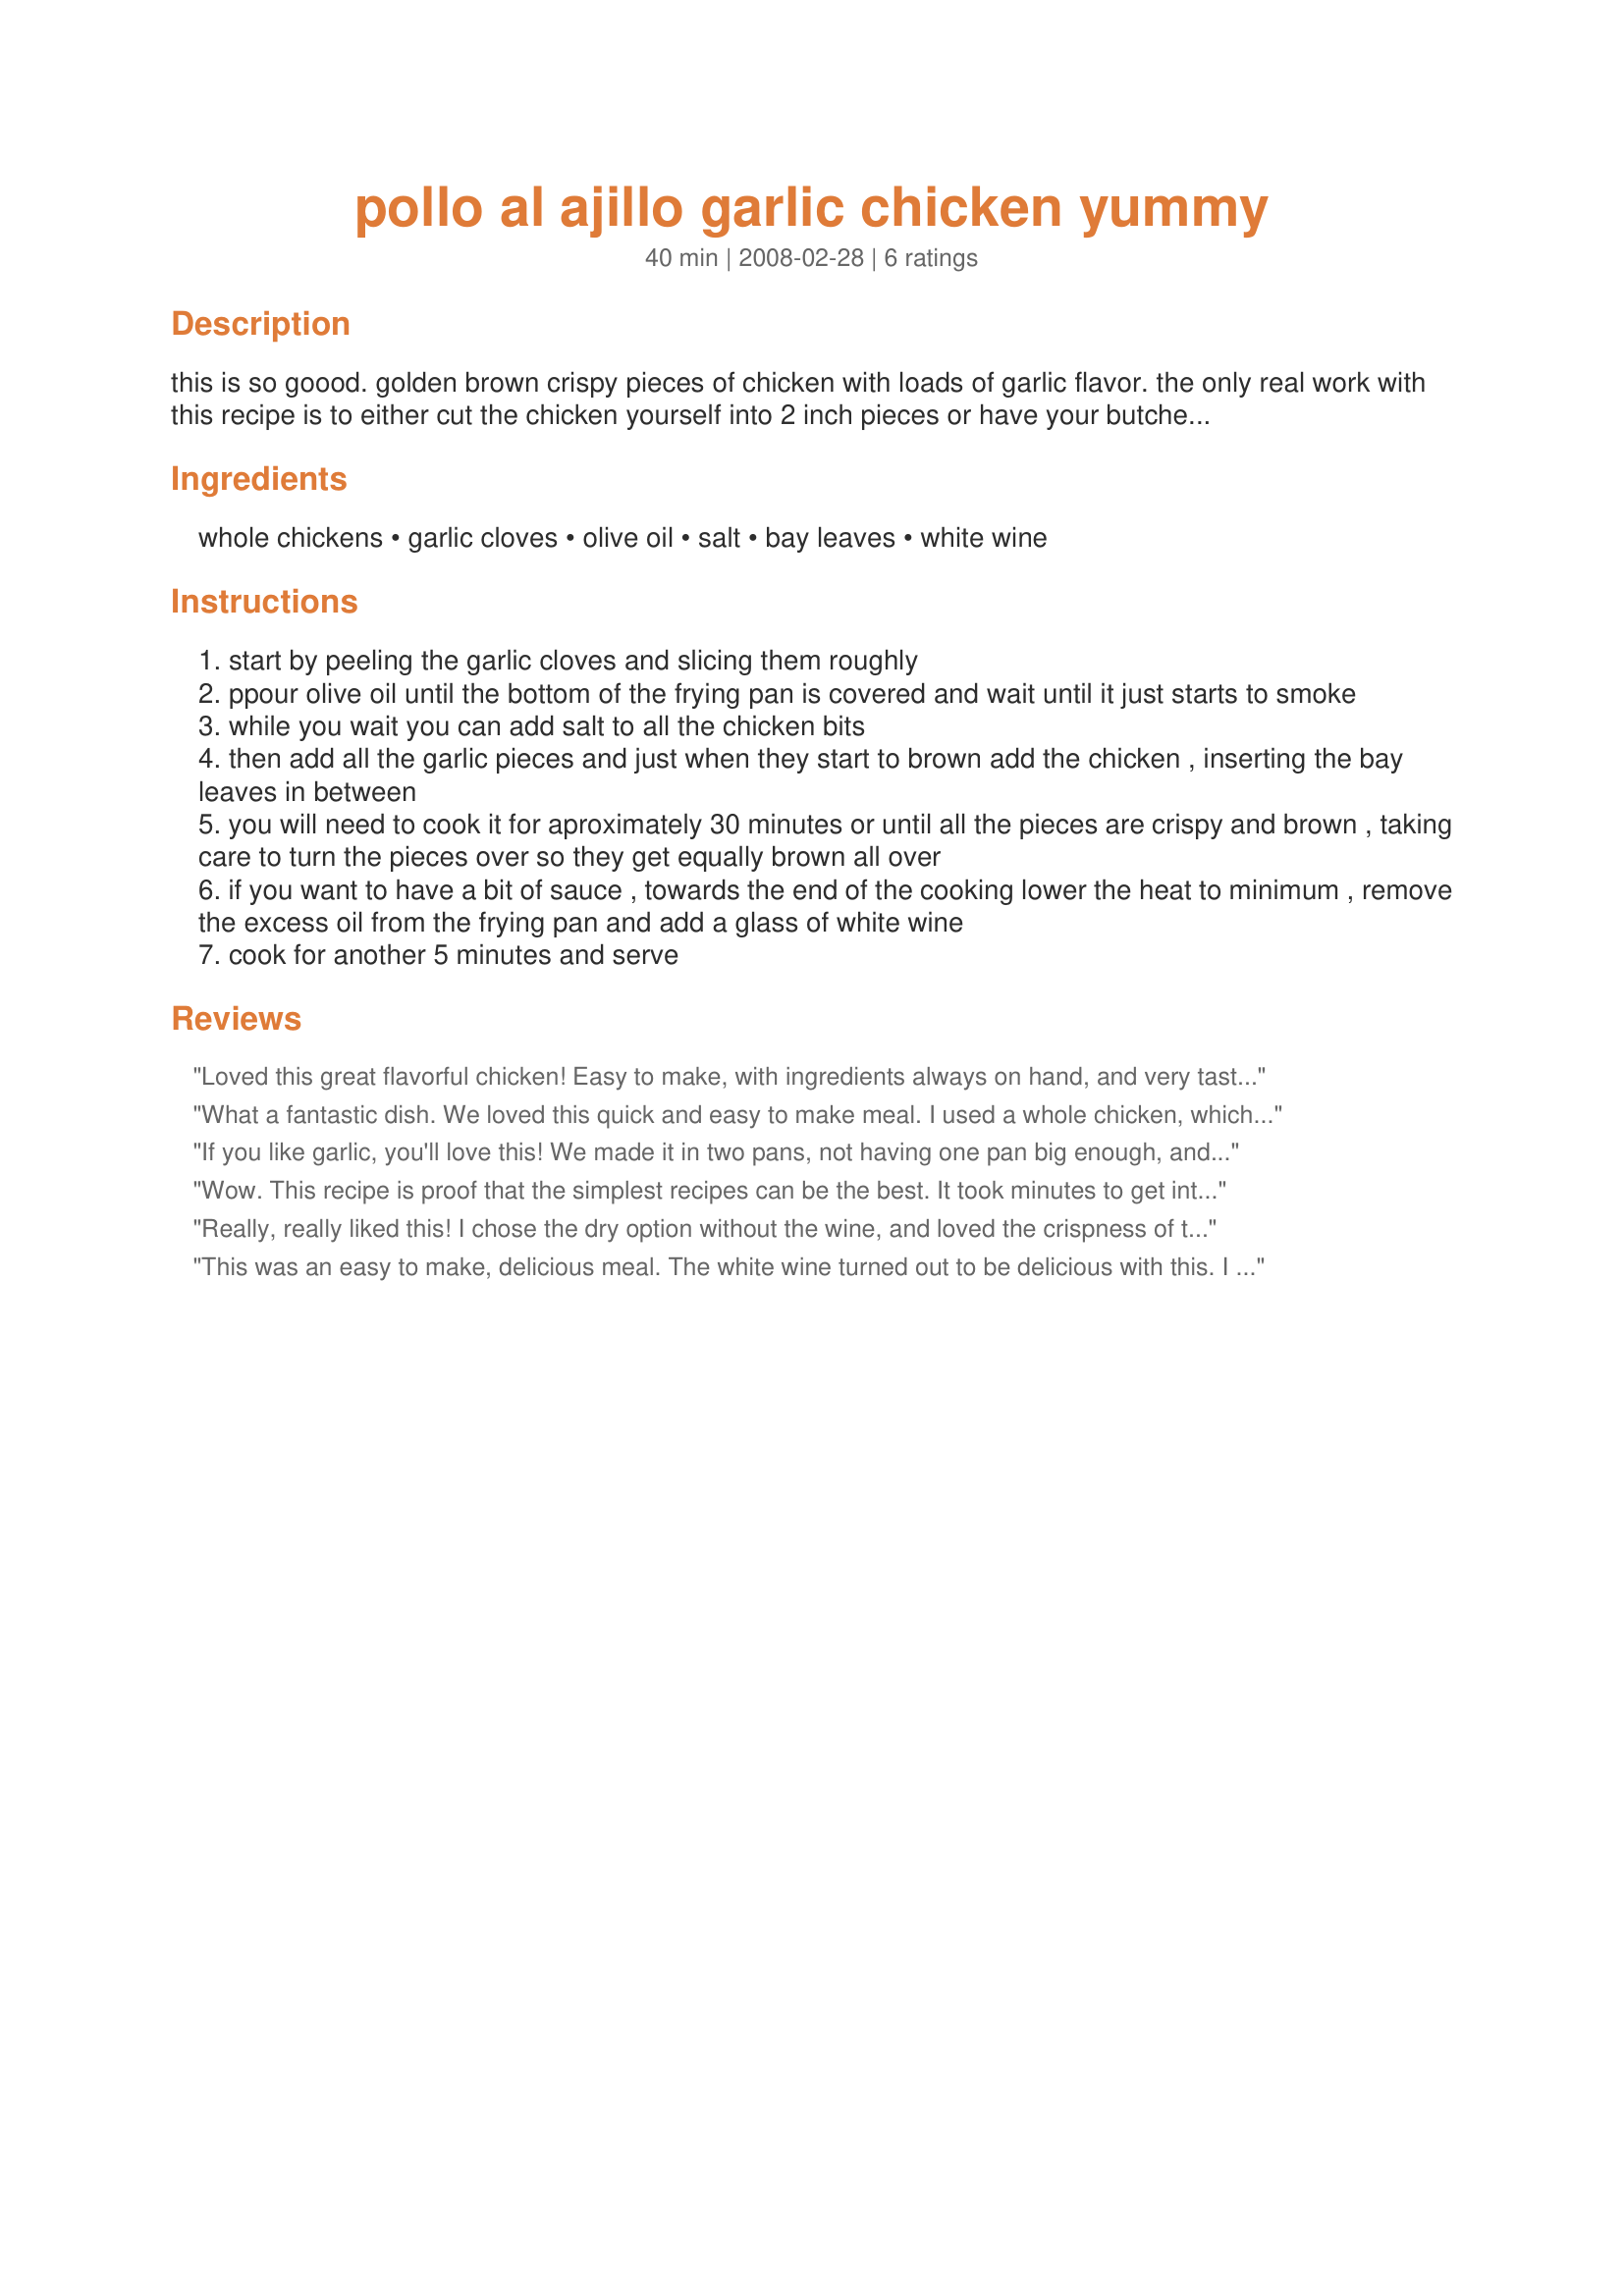
pollo al ajillo garlic chicken yummy
Preparation time: 40 minutes

this is so goood. golden brown crispy pieces of chicken with loads of garlic flavor. the only real work with this recipe is to either cut the chicken yourself into 2 inch pieces or have your butcher do it (my way :)). for this recipie you need to use the biggest frying pan you have, so all the chicken pieces fit in one layer. if you don’t have a big enough frying pan you will need to use two simultaneusly. serve with fries for a great meal. i found this in notes from spain: www.notesfromspain.com

Ingredients:
whole chickens, garlic cloves, olive oil, salt, bay leaves, white wine

Steps:
start by peeling the garlic cloves and slicing them roughly
ppour olive oil until the bottom of the frying pan is covered and wait until it just starts to smoke
while you wait you can add salt to all the chicken bits
then add all the garlic pieces and just when they start to brown add the chicken , inserting the bay leaves in between
you will need to cook it for aproximately 30 minutes or until all the pieces are crispy and brown , taking care to turn the pieces over so they get equally brown all over
if you want to have a bit of sauce , towards the end of the cooking lower the heat to minimum , remove the excess oil from the frying pan and add a glass of white wine
cook for another 5 minutes and serve

Reviews:
Loved this great flavorful chicken! Easy to make, with ingredients always on hand, and very tasty indeed. I didn't use the optional wine this time but may try it next time. Thanks for sharing the recipe! Made for the Best of 2020 Event (recommended by Baby Kato)
What a fantastic dish. We loved this quick and easy to make meal. I used a whole chicken, which I cut up and all the ingredients, except for the wine. My dh declined sauce with this dish. It was perfect. Crisp, beautifully flavored and cooked perfectly. Thank you so much for sharing this treat. I will make this again and again. It had such wonderful flavor. :)
If you like garlic, you'll love this! We made it in two pans, not having one pan big enough, and made the sauce in one. Your choice: crispy or moist; both are delicious. Super simple to do and delightfully different from what we would usually do with these ingredients. I worried about the amount of oil/fat, but if kept hot, nearly all of it pours off. Made for Zaar World Tour 5.
Wow. This recipe is proof that the simplest recipes can be the best. It took minutes to get into the pan and then you basically forget about it except to turn occasionally. Meanwhile you can get your sides ready. I did make the sauce using a Chenin Blanc which worked very well, but this chicken is fabulous on it's own. Thanks for sharing!
Really, really liked this! I chose the dry option without the wine, and loved the crispness of the outside with the wonderful moistness of the chicken thighs I used. Saving this one to my keeper cookbook for 2009! Made for Zaar 123 hits tag.
This was an easy to make, delicious meal. The white wine turned out to be delicious with this. I would definitely make this again.
